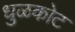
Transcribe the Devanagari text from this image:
धुळकोट